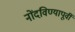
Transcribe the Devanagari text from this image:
नोंदविण्यापूर्वी